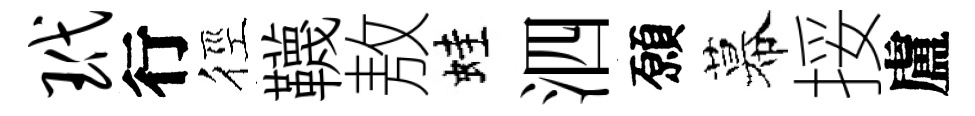
玳行徑韈敖蛙泗願幕挼盧